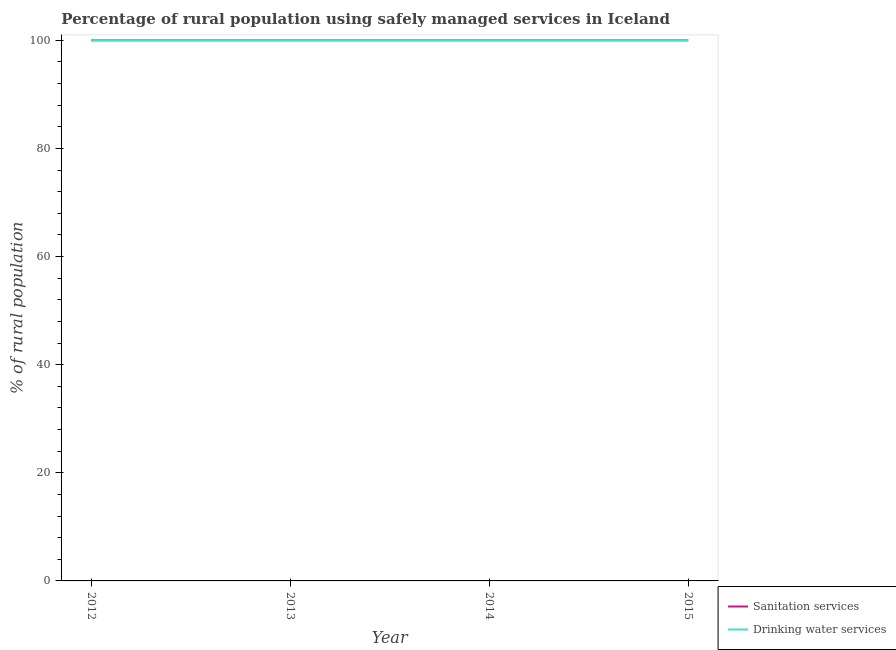
| Year | Sanitation services | Drinking water services |
 | --- | --- | --- |
 | 2012 | 100 | 100 |
 | 2013 | 100 | 100 |
 | 2014 | 100 | 100 |
 | 2015 | 100 | 100 |